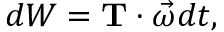
d W = \mathbf { T } \cdot { \vec { \omega } } d t ,